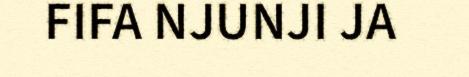
FIFA NJUNJI JA